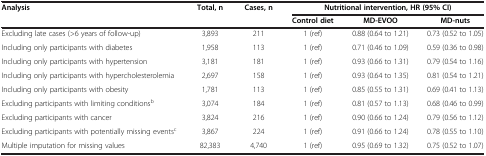
<table><thead><tr><td><b>Analysis</b></td><td><b>Total, n</b></td><td><b>Cases, n</b></td><td colspan="3"><b>Nutritional intervention, HR (95% CI)</b></td></tr><tr><td><b> </b></td><td><b> </b></td><td><b> </b></td><td><b>Control diet</b></td><td><b>MD-EVOO</b></td><td><b>MD-nuts</b></td></tr></thead><tbody><tr><td>Excluding late cases (&gt;6 years of follow-up)</td><td>3,893</td><td>211</td><td>1 (ref)</td><td>0.88 (0.64 to 1.21)</td><td>0.73 (0.52 to 1.05)</td></tr><tr><td>Including only participants with diabetes</td><td>1,958</td><td>113</td><td>1 (ref)</td><td>0.71 (0.46 to 1.09)</td><td>0.59 (0.36 to 0.98)</td></tr><tr><td>Including only participants with hypertension</td><td>3,181</td><td>181</td><td>1 (ref)</td><td>0.93 (0.66 to 1.31)</td><td>0.79 (0.54 to 1.16)</td></tr><tr><td>Including only participants with hypercholesterolemia</td><td>2,697</td><td>158</td><td>1 (ref)</td><td>0.93 (0.64 to 1.35)</td><td>0.81 (0.54 to 1.21)</td></tr><tr><td>Including only participants with obesity</td><td>1,781</td><td>113</td><td>1 (ref)</td><td>0.85 (0.55 to 1.31)</td><td>0.69 (0.41 to 1.13)</td></tr><tr><td>Excluding participants with limiting conditions<sup>b</sup></td><td>3,074</td><td>184</td><td>1 (ref)</td><td>0.81 (0.57 to 1.13)</td><td>0.68 (0.46 to 0.99)</td></tr><tr><td>Excluding participants with cancer</td><td>3,824</td><td>216</td><td>1 (ref)</td><td>0.90 (0.66 to 1.24)</td><td>0.79 (0.56 to 1.12)</td></tr><tr><td>Excluding participants with potentially missing events<sup>c</sup></td><td>3,867</td><td>224</td><td>1 (ref)</td><td>0.91 (0.66 to 1.24)</td><td>0.78 (0.55 to 1.10)</td></tr><tr><td>Multiple imputation for missing values</td><td>82,383</td><td>4,740</td><td>1 (ref)</td><td>0.95 (0.69 to 1.32)</td><td>0.75 (0.52 to 1.07)</td></tr></tbody></table>